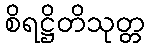
စိရဋ္ဌိတိသုတ္တ